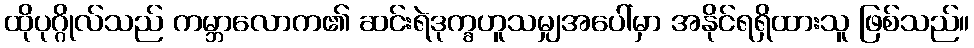
ထိုပုဂ္ဂိုလ်သည် ကမ္ဘာလောက၏ ဆင်းရဲဒုက္ခဟူသမျှအပေါ်မှာ အနိုင်ရရှိထားသူ ဖြစ်သည်။